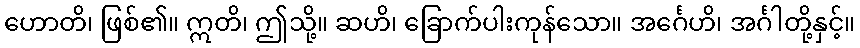
ဟောတိ၊ ဖြစ်၏။ ဣတိ၊ ဤသို့။ ဆဟိ၊ ခြောက်ပါးကုန်သော။ အင်္ဂေဟိ၊ အင်္ဂါတို့နှင့်။